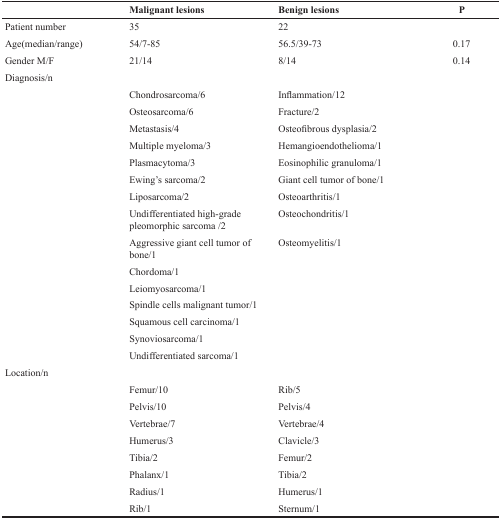
<table><thead><tr><td></td><td><b>Malignant lesions</b></td><td><b>Benign lesions</b></td><td><b>P</b></td></tr></thead><tbody><tr><td>Patient number</td><td>35</td><td>22</td><td></td></tr><tr><td>Age(median/range)</td><td>54/7-85</td><td>56.5/39-73</td><td>0.17</td></tr><tr><td>Gender M/F</td><td>21/14</td><td>8/14</td><td>0.14</td></tr><tr><td>Diagnosis/n</td><td></td><td></td><td></td></tr><tr><td></td><td>Chondrosarcoma/6</td><td>Inflammation/12</td><td></td></tr><tr><td></td><td>Osteosarcoma/6</td><td>Fracture/2</td><td></td></tr><tr><td></td><td>Metastasis/4</td><td>Osteofibrous dysplasia/2</td><td></td></tr><tr><td></td><td>Multiple myeloma/3</td><td>Hemangioendothelioma/1</td><td></td></tr><tr><td></td><td>Plasmacytoma/3</td><td>Eosinophilic granuloma/1</td><td></td></tr><tr><td></td><td>Ewing’s sarcoma/2</td><td>Giant cell tumor of bone/1</td><td></td></tr><tr><td></td><td>Liposarcoma/2</td><td>Osteoarthritis/1</td><td></td></tr><tr><td></td><td>Undifferentiated high-grade pleomorphic sarcoma /2</td><td>Osteochondritis/1</td><td></td></tr><tr><td></td><td>Aggressive giant cell tumor of bone/1</td><td>Osteomyelitis/1</td><td></td></tr><tr><td></td><td>Chordoma/1</td><td></td><td></td></tr><tr><td></td><td>Leiomyosarcoma/1</td><td></td><td></td></tr><tr><td></td><td>Spindle cells malignant tumor/1</td><td></td><td></td></tr><tr><td></td><td>Squamous cell carcinoma/1</td><td></td><td></td></tr><tr><td></td><td>Synoviosarcoma/1</td><td></td><td></td></tr><tr><td></td><td>Undifferentiated sarcoma/1</td><td></td><td></td></tr><tr><td>Location/n</td><td></td><td></td><td></td></tr><tr><td></td><td>Femur/10</td><td>Rib/5</td><td></td></tr><tr><td></td><td>Pelvis/10</td><td>Pelvis/4</td><td></td></tr><tr><td></td><td>Vertebrae/7</td><td>Vertebrae/4</td><td></td></tr><tr><td></td><td>Humerus/3</td><td>Clavicle/3</td><td></td></tr><tr><td></td><td>Tibia/2</td><td>Femur/2</td><td></td></tr><tr><td></td><td>Phalanx/1</td><td>Tibia/2</td><td></td></tr><tr><td></td><td>Radius/1</td><td>Humerus/1</td><td></td></tr><tr><td></td><td>Rib/1</td><td>Sternum/1</td><td></td></tr></tbody></table>